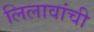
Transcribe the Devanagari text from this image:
लिलावांची